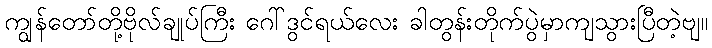
ကျွန်တော်တို့ဗိုလ်ချုပ်ကြီး ဂေါ်ဒွင်ရယ်လေး ခါတွန်းတိုက်ပွဲမှာကျသွားပြီတဲ့ဗျ။